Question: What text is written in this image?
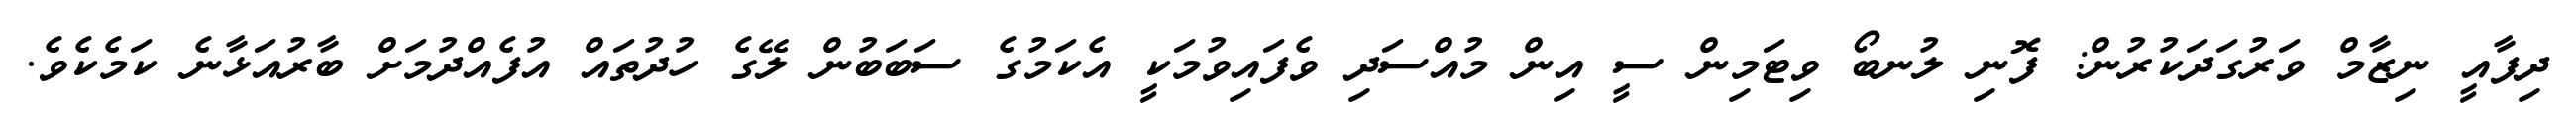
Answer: ދިފާއީ ނިޒާމް ވަރުގަދަކުރުން: ފޮނި ލުނބޯ ވިޓަމިން ސީ އިން މުއްސަދި ވެފައިވުމަކީ އެކަމުގެ ސަބަބުން ލޭގެ ހުދުތައް އުފެއްދުމަށް ބާރުއަޅާނެ ކަމެކެވެ.